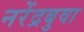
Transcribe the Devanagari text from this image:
नरेंद्रबुवा